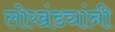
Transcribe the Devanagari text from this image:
लोखंड्यांनी